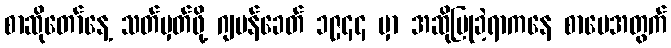
စာဆိုတော်နေ့ သတ်မှတ်ဖို့ ဂျပန်ခေတ် ၁၉၄၄ မှာ အဆိုပြုခဲ့ရာကနေ စာပေအတွက်